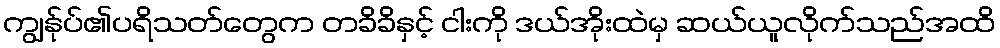
ကျွန်ုပ်၏ပရိသတ်တွေက တခိခိနှင့် ငါးကို ဒယ်အိုးထဲမှ ဆယ်ယူလိုက်သည်အထိ